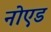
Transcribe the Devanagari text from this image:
नोएड